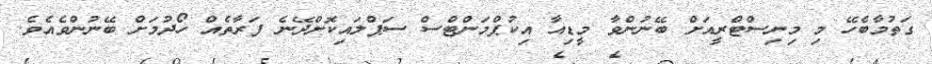
ގަތުމާބެހޭ މި މިނިސްޓްރީއަށް ބޭނުންވާ މީޑިއާ އިކުޕްމަންޓްސް ސަޕްލައިކޮށްދޭނެ ފަރާތެއް ހޯދުމަށް ބޭނުންވެއެވެ.